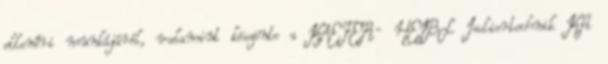
ellenőri munkájáról, valamint köszönte a KAEFER- HEIBL Isoliertechnik Kft